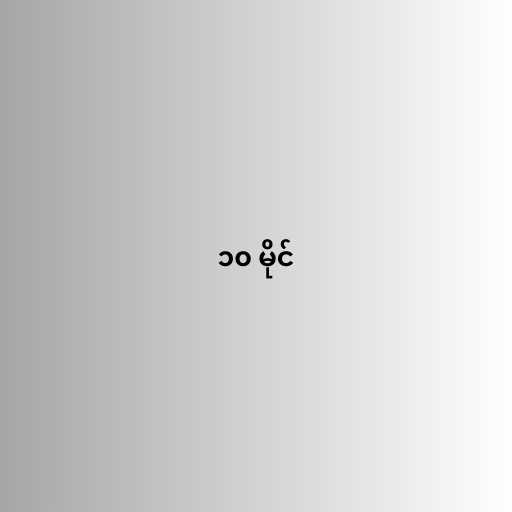
၁၀ မိုင်